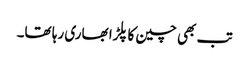
تب بھی چین کا پلڑا بھاری رہا تھا۔